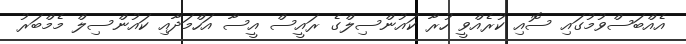
އެއްބަސްވުމުގައި ސޮއި ކުރެއްވީ ހުރާ ކައުންސިލްގެ ރައީސް އީސާ އަހްމަދާއި ކައުންސިލް މެމްބަރު